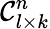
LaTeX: \mathcal{C}_{l\times k}^{n}